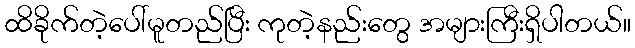
ထိခိုက်တဲ့ပေါ်မူတည်ပြီး ကုတဲ့နည်းတွေ အများကြီးရှိပါတယ်။